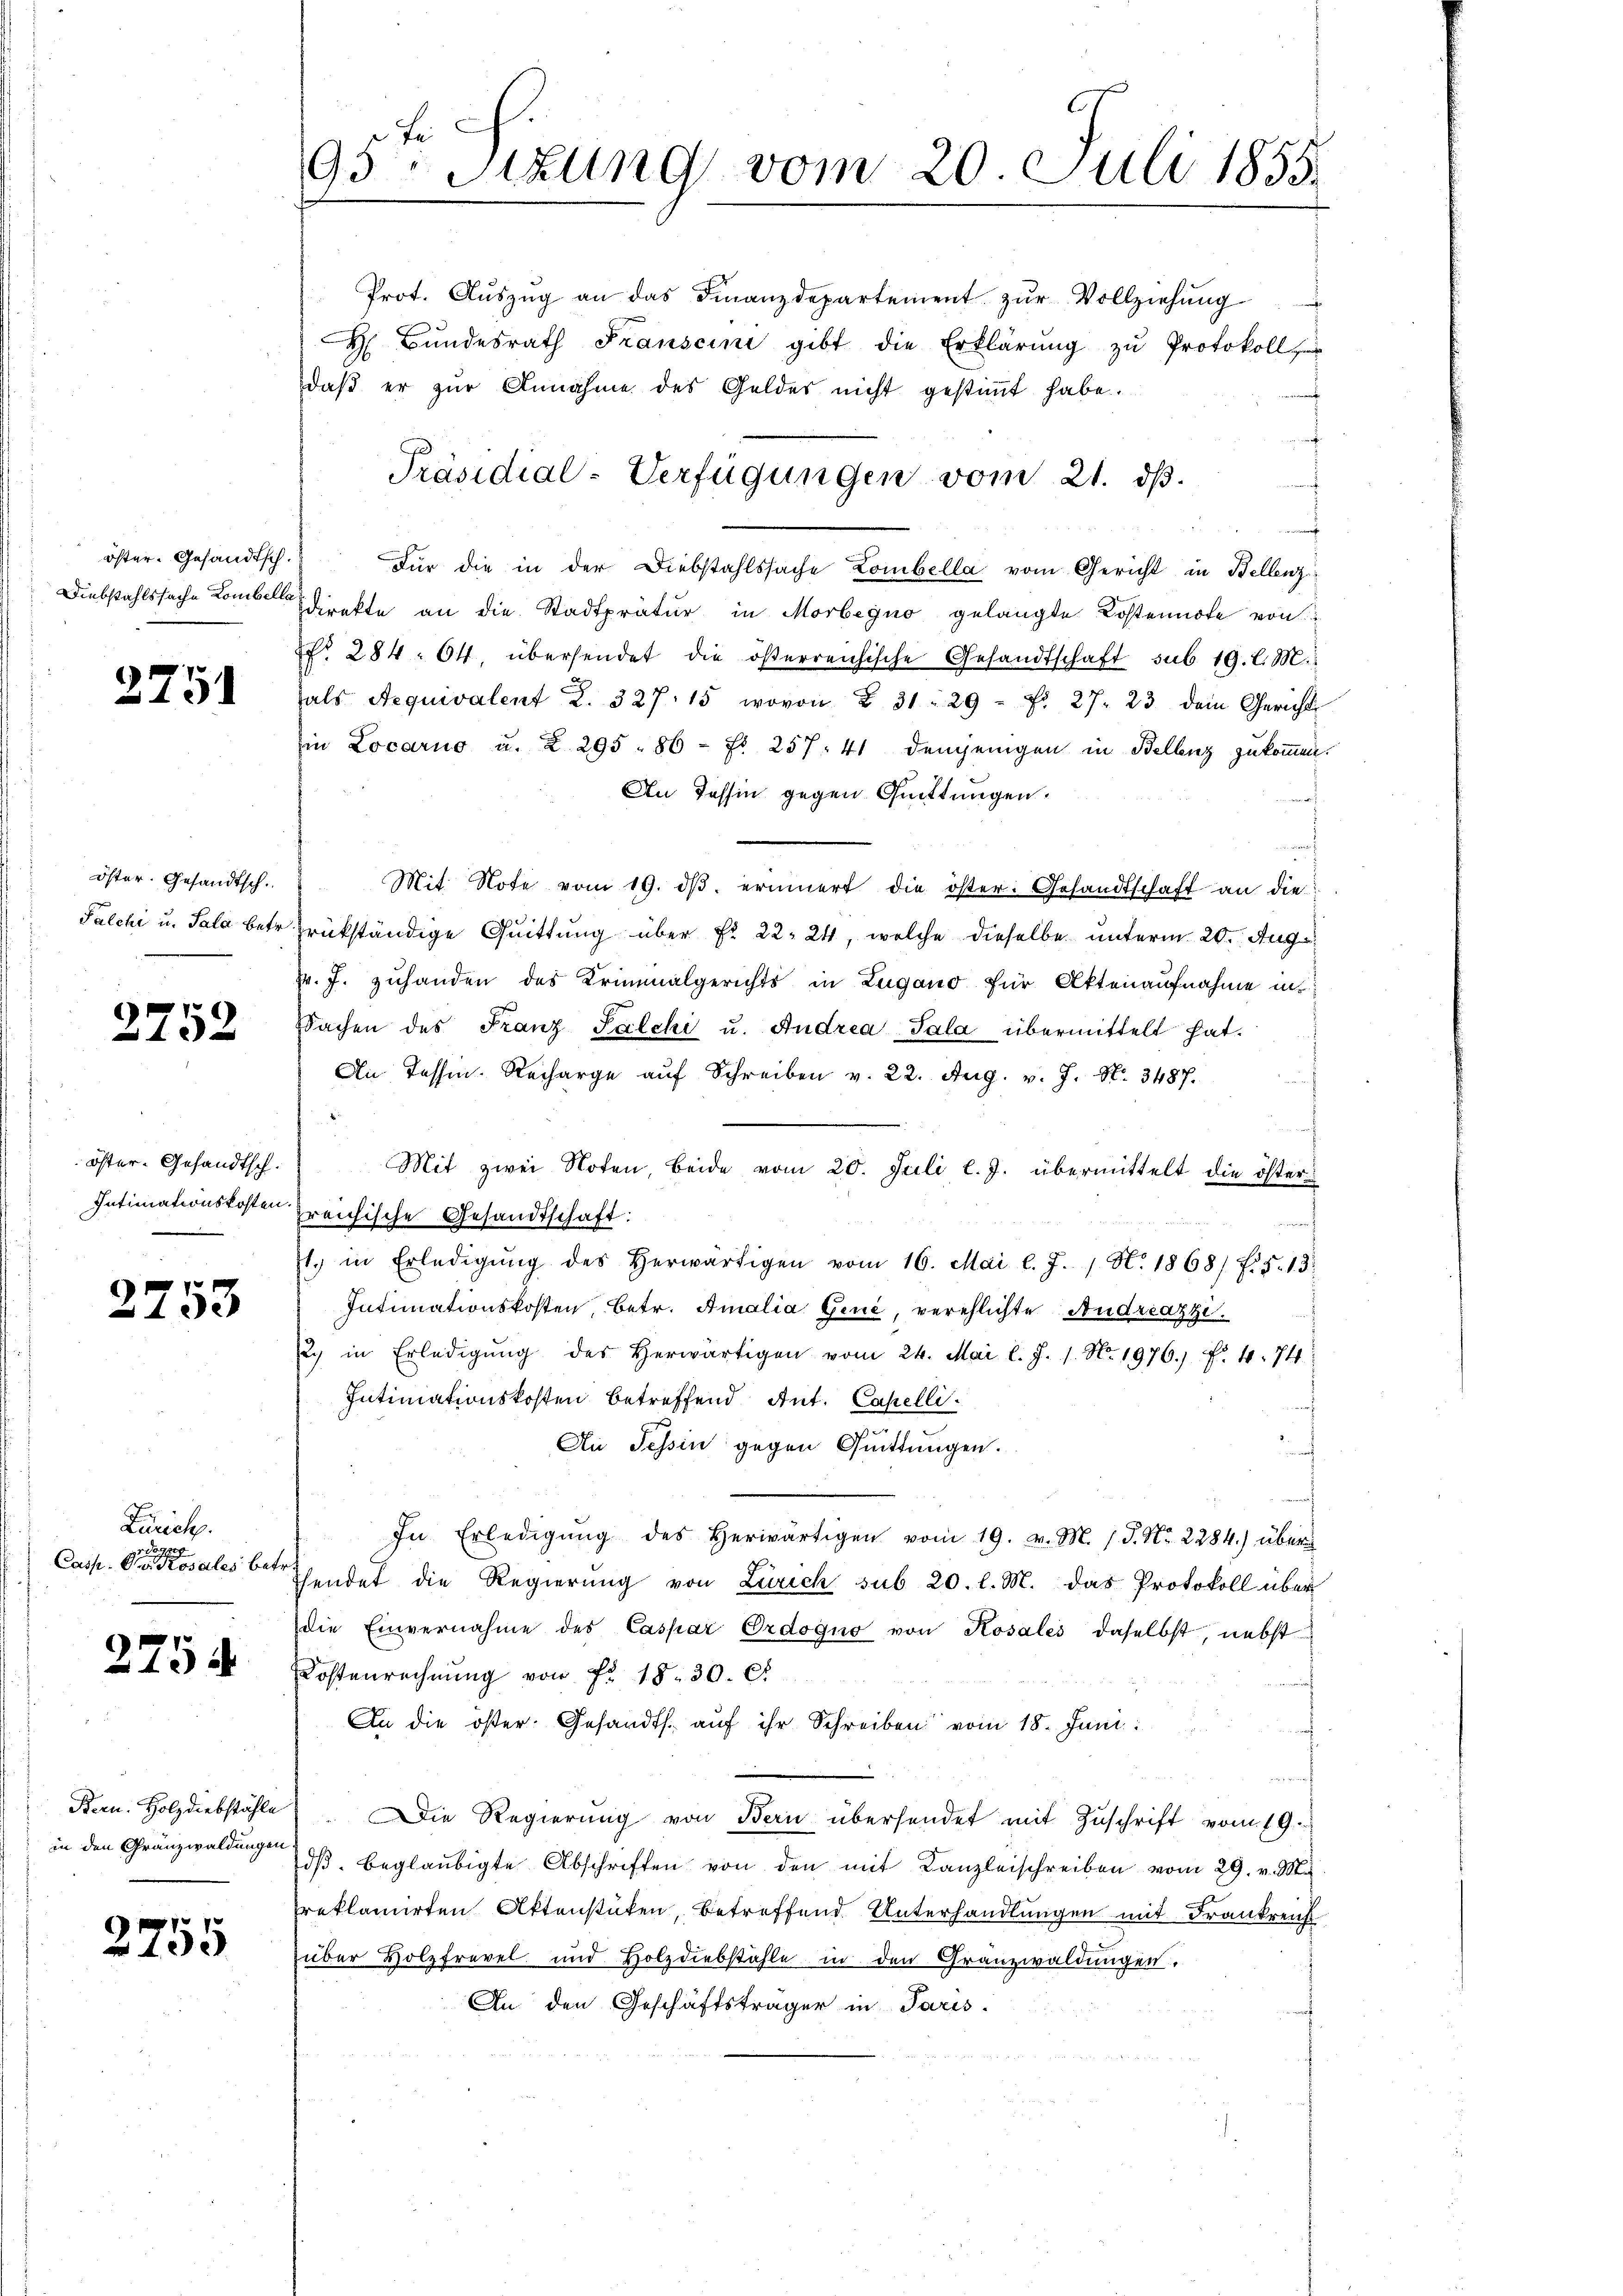
öster- Gesandtsch.

2751

öster. Gesandtsch.
Palchi u. Sala betr.

2752

öster-Gesandtsch.
Intimationskosten.

2753

Zürich.
Casp. Steuer Rosales betr.

2754

Bern. Holzdiebstähle
in den Granzwaldungen

2755

95: Sizung vom 20. Juli 1855.

Prot. Aŭszŭg an das Finanzdepartement zŭr Vollziehung
H Bŭndesrath Franscini gibt die Erklärŭng zŭ Protokoll
daβ er zŭr Annahme des Geldes nicht gestimmt habe.
Für die in der Diebstahlssache Lombella vom Gericht in Bellenz
Diebstahlssache Komber Direkte an die Stadtpratur in Morbegno gelangte Kostennote von
Nr. 284. 64. übersendet die österreichische Gesandtschaft sub 19. l. M.
tals Aequivalent 2. 327, 15 wovon § 31: 29 f. 27. 23 dem Gericht
in Locarno u. Z. 295 - 86 - Fr. 257. 41 demjenigen in Bellenz zukommen.
An Tessin gegen Quittungen.
Mit Note vom 19. dβ. erinnert die öster: Gesandtschaft an die
drükständige Quittung über Fr. 22. 24, welche dieselbe unterm 20. Aug
Fr. J. zuhanden des Kriminalgerichts in Zugano für Aktenaufnahme in
Sachen des Franz Palchi u. Andrea Sala übermittelt hat.
An Tassen. Recharge aŭf Schreiben v. 22. Aug. v. J. N. 3487.
s
Mit zwei Noten, beide vom 20. Juli l. J. übermittelt die öster
freichische Gesandtschaft:
1. in Erledigŭng des herwärtigen vom 16. Mai l. J. / N. 1868/ f. 5. 13.
Intimationskosten, betr. Amalia Gene, verehlichte Andreazze.
2. in Erledigŭng des herwärtigen vom 24. Mai l. J. 1. No. 1976. f. 4. 74
Intimationskosten betreffend Ant. Capelli
An Tessin gegen Quittungen.
In Erledigŭng des herwärtigen vom 19. v. M. s. S. Nr. 2284.) über
hendet die Regierŭng von Zürich sub 20. l. M. das Protokoll über
die Einvernahme des Caspar Ordogno von Rosales daselbst, nebst
Kostenrechnŭng von Fr. 18. 30. C.
An die öster. Gesandts. aŭf ihr Schreiben vom 18. Juni.
d
 Die Regierŭng von Bern übersendet mit Zuschrift vom 19.
dβ beglaubigte Abschriften von den mit Kanzleischreiben vom 29. v. M.
reklamirten Aktenstüken, betreffend Unterhandlungen mit Frankreich
über Holzfrevel und Holzdiebstahle in den Granzwaldungen.
An den Geschäftsträger in Paris.

Präsidial-Verfügungen vom 21. ds.